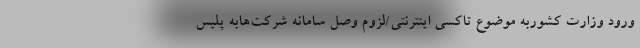
ورود وزارت کشوربه موضوع تاکسی اینترنتی/لزوم وصل سامانه شرکت‌هابه پلیس